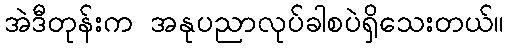
အဲဒီတုန်းက အနုပညာလုပ်ခါစပဲရှိသေးတယ်။